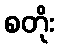
စတိုး